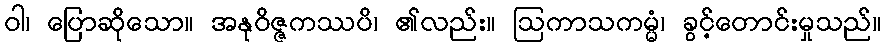
ဝါ၊ ပြောဆိုသော။ အနုဝိဇ္ဇကဿပိ၊ ၏လည်း။ ဩကာသကမ္မံ၊ ခွင့်တောင်းမှုသည်။